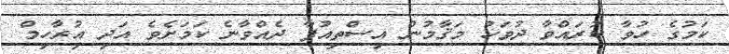
ކަމުގެ ހުވާ ކުރައްވާ ދުވަހު މަޤާމުން އިސްތިއުފާ ދެއްވާނެ ކަމަށެވެ އަދި އިުރާހިމް